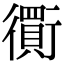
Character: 𧘃